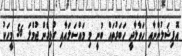
އޮފިޝަލުންނާއި ހަވާލާދީ ހަބަރުތައް ބުނީ މި މައްސަލައާއި ގުޅިގެން ޖުމްލަ 56 މީހަކު